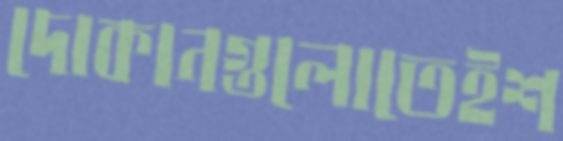
দোকানগুলোতেইশ